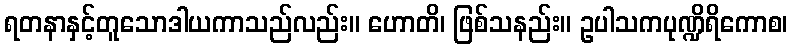
ရတနာနှင့်တူသောဒါယကာသည်လည်း။ ဟောတိ၊ ဖြစ်သနည်း။ ဥပါသကပုဏ္ဍိရိကောစ၊